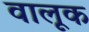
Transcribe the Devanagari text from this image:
वालूक